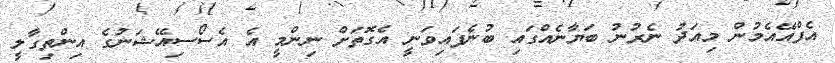
އެފްއޭއެމުން މިއަދު ނެރުނު ބަޔާނެއްގައި ބުނެފައިވަނީ އެގޮތަށް ނިންމީ އެ އެސޯސިއޭޝަނުގެ އިންތިގާލީ